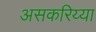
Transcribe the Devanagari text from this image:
असकरिय्या